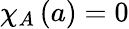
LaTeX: \chi_{A}\left(a\right)=0